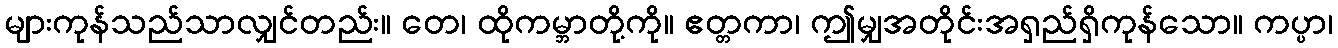
များကုန်သည်သာလျှင်တည်း။ တေ၊ ထိုကမ္ဘာတို့ကို။ ဧတ္တကာ၊ ဤမျှအတိုင်းအရှည်ရှိကုန်သော။ ကပ္ပာ၊